Vaccination in Burma 1889-1999 - 1889-1999
Year: 1889
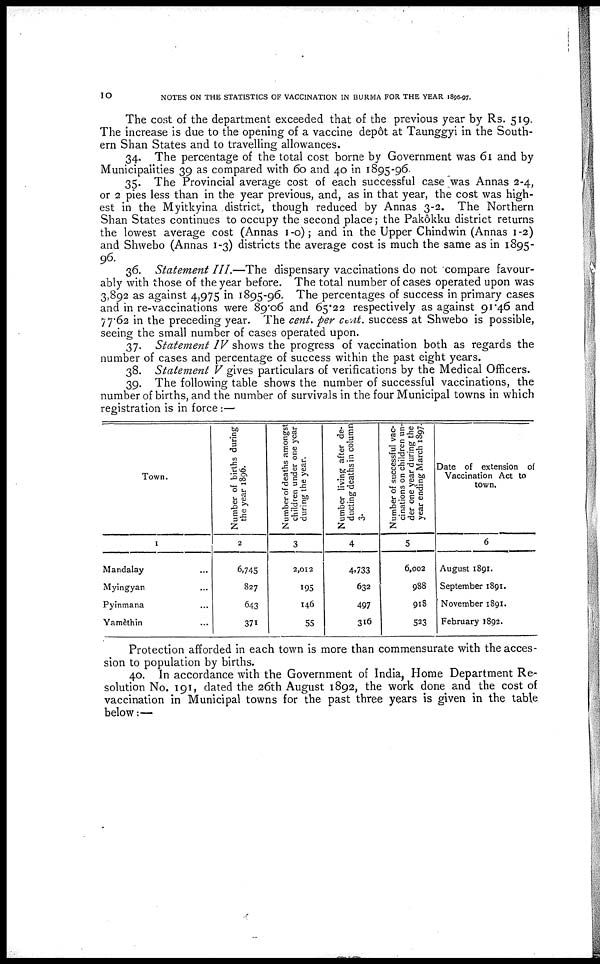
10
NOTES ON THE STATISTICS OF VACCINATION IN BURMA FOR THE YEAR 1896-97.
The cost of the department exceeded that of the previous year by Rs. 519.
The increase is due to the opening of a vaccine depôt at Taunggyi in the South-
ern Shan States and to travelling allowances.
34. The percentage of the total cost borne by Government was 61 and by
Municipalities 39 as compared with 60 and 40 in 1895-96.
35. The Provincial average cost of each successful case was Annas 2-4,
or 2 pies less than in the year previous, and, as in that year, the cost was high-
est in the Myitkyina district, though reduced by Annas 3-2. The Northern
Shan States continues to occupy the second place; the Pakôkku district returns
the lowest average cost (Annas 1-0); and in the Upper Chindwin (Annas 1-2)
and Shwebo (Annas 1-3) districts the average cost is much the same as in 1895-
96.
36. Statement III.—The dispensary vaccinations do not compare favour-
ably with those of the year before. The total number of cases operated upon was
3,892 as against 4,975 in 1895-96. The percentages of success in primary cases
and in re-vaccinations were 89.06 and 65.22 respectively as against 91.46 and
77.62 in the preceding year. The cent. per cent. success at Shwebo is possible,
seeing the small number of cases operated upon.
37. Statement IV shows the progress of vaccination both as regards the
number of cases and percentage of success within the past eight years.
38. Statement V gives particulars of verifications by the Medical Officers.
39. The following table shows the number of successful vaccinations, the
number of births, and the number of survivals in the four Municipal towns in which
registration is in force:—
Town.
1
Mandalay ...
Myingyan ...
Pyinmana ...
Yamèthin ...
Number of births during
the year 1896.
2
6,745
827
643
371
Number of deaths amongst
children under one year
during the year.
3
2,012
195
146
55
Number living after de-
ducting deaths in column
3.
4
4,733
632
497
316
Number of successful vac-
cinations on children un-
der one year during the
year ending March 1897.
5
6,002
988
918
523
Date of extension of
Vaccination Act to
town.
6
August 1891.
September 1891.
November 1891.
February 1892.
Protection afforded in each town is more than commensurate with the acces-
sion to population by births.
40. In accordance with the Government of India, Home Department Re-
solution No. 191, dated the 26th August 1892, the work done and the cost of
vaccination in Municipal towns for the past three years is given in the table
below:—